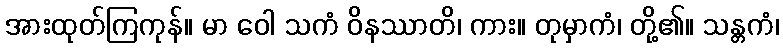
အားထုတ်ကြကုန်။ မာ ဝေါ သကံ ဝိနဿာတိ၊ ကား။ တုမှာကံ၊ တို့၏။ သန္တကံ၊